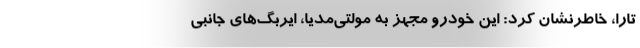
تارا، خاطرنشان کرد: این خودرو مجهز به مولتی‌مدیا، ایربگ‌های جانبی